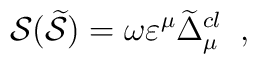
\mathcal{S}(\widetilde{\mathcal{S}})\;\mathcal{=\;}\omega \varepsilon ^\mu \widetilde{\Delta }_\mu ^{cl}\;\;,